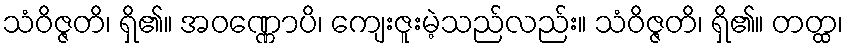
သံဝိဇ္ဇတိ၊ ရှိ၏။ အဝဏ္ဏောပိ၊ ကျေးဇူးမဲ့သည်လည်း။ သံဝိဇ္ဇတိ၊ ရှိ၏။ တတ္ထ၊